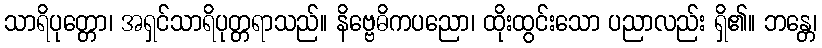
သာရိပုတ္တော၊ အရှင်သာရိပုတ္တရာသည်။ နိဗ္ဗေဓိကပညော၊ ထိုးထွင်းသော ပညာလည်း ရှိ၏။ ဘန္တေ၊